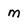
Character: m